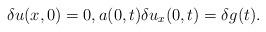
LaTeX: \begin{align*} \delta u (x,0) = 0, a(0,t)\delta u_x(0,t)=\delta g(t).\end{align*}